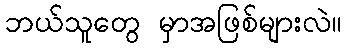
ဘယ်သူတွေ မှာအဖြစ်များလဲ။